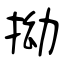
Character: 拗